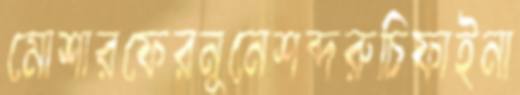
মোশারফেরনুনেশব্দরুচিফাইনা